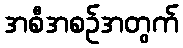
အစီအစဉ်အတွက်